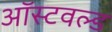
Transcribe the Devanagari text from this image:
ऑस्टवल्ड